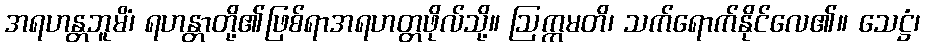
အရဟန္တဘူမိံ၊ ရဟန္တာတို့၏ဖြစ်ရာအရဟတ္တဖိုလ်သို့။ ဩက္ကမတိ၊ သက်ရောက်နိုင်လေ၏။ သေဋ္ဌံ၊